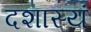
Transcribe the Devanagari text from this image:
दशास्यं